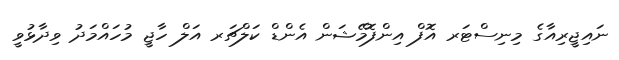
ނައިޖީރިއާގެ މިނިސްޓަރ އޮފް އިންފޮމޭޝަން އެންޑް ކަލްޗަރ އަލް ހާޖީ މުހައްމަދު ވިދާޅުވީ